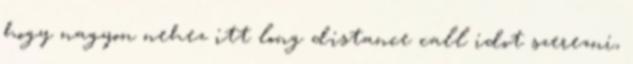
hogy nagyon nehez itt long distance call idot szerezni,